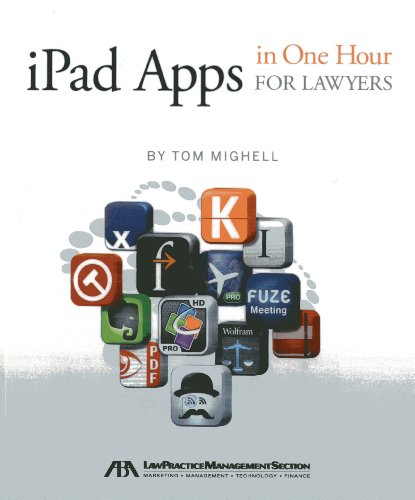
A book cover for iPad Apps in One Hour for Lawyers; Tom Mighell; Computers & Technology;